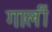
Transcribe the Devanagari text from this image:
गालीं